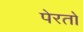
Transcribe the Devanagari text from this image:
पेरतो